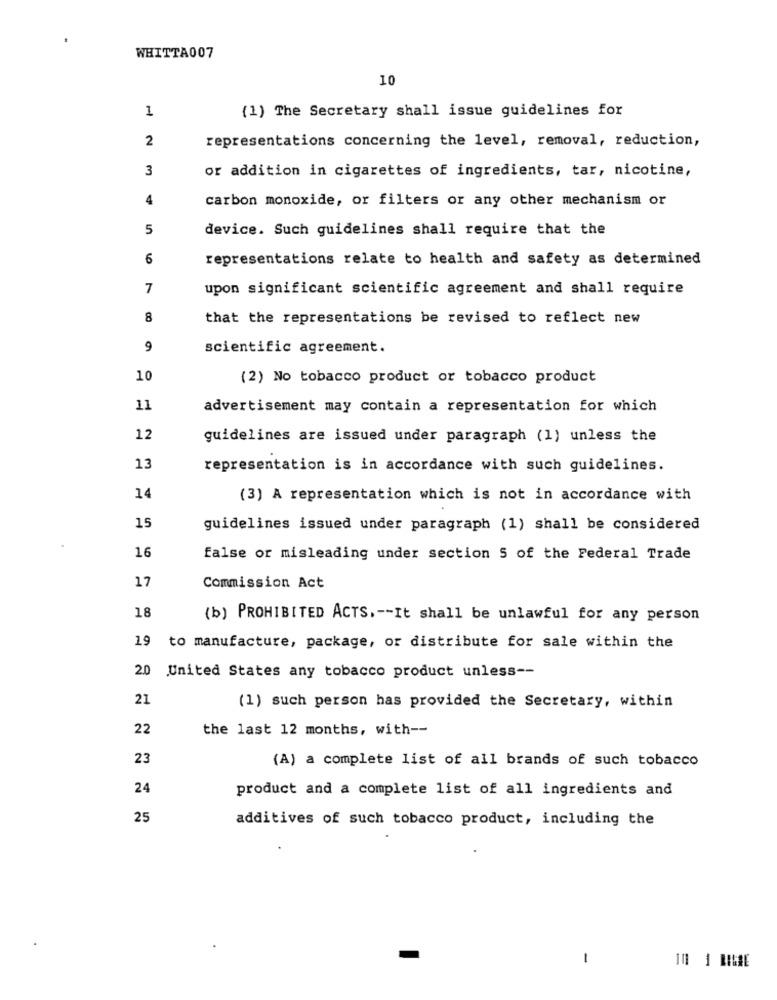
WHITTA007
10
1
(1) The Secretary shall issue guidelines for
2
representations concerning the level, removal, reduction,
3
or addition in cigarettes of ingredients, tar, nicotine,
4
carbon monoxide, or filters or any other mechanism or
5
device. Such guidelines shall require that the
6
representations relate to health and safety as determined
7
upon significant scientific agreement and shall require
8
that the representations be revised to reflect new
9
scientific agreement.
10
(2) No tobacco product or tobacco product
11
advertisement may contain a representation for which
12
guidelines are issued under paragraph (1) unless the
13
representation is in accordance with such guidelines.
14
(3) A representation which is not in accordance with
15
guidelines issued under paragraph (1) shall be considered
16
false or misleading under section 5 of the Federal Trade
17
Commission Act
18
(b) PROHIBITED ACTS, -- It shall be unlawful for any person
19
to manufacture, package, or distribute for sale within the
20
United States any tobacco product unless --
21
(1) such person has provided the Secretary, within
22
the last 12 months, with --
23
(A) a complete list of all brands of such tobacco
24
product and a complete list of all ingredients and
25
additives of such tobacco product, including the
1
10 1 MILE